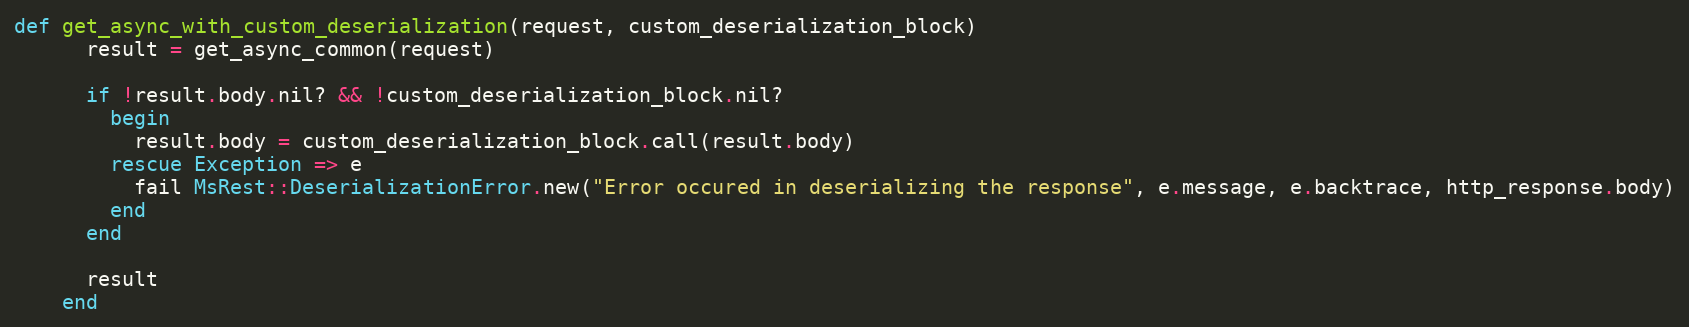
Language: Ruby
def get_async_with_custom_deserialization(request, custom_deserialization_block)
      result = get_async_common(request)

      if !result.body.nil? && !custom_deserialization_block.nil?
        begin
          result.body = custom_deserialization_block.call(result.body)
        rescue Exception => e
          fail MsRest::DeserializationError.new("Error occured in deserializing the response", e.message, e.backtrace, http_response.body)
        end
      end

      result
    end